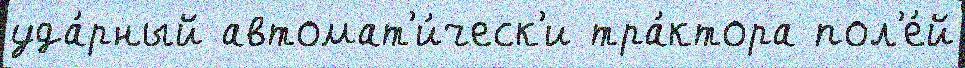
уда́рный автомат'и́ческ'и тра́ктора пол'е́й